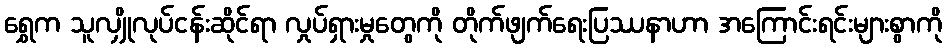
ရွှေက သူလျှိုလုပ်ငန်းဆိုင်ရာ လှုပ်ရှားမှုတွေကို တိုက်ဖျက်ရေးပြဿနာဟာ အကြောင်းရင်းများစွာကို